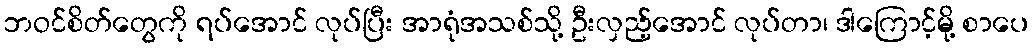
ဘဝင်စိတ်တွေကို ရပ်အောင် လုပ်ပြီး အာရုံအသစ်သို့ ဦးလှည့်အောင် လုပ်တာ၊ ဒါကြောင့်မို့ စာပေ